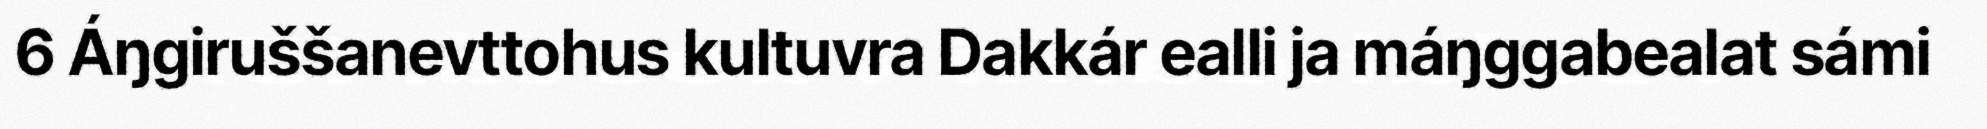
6 Áŋgiruššanevttohus kultuvra Dakkár ealli ja máŋggabealat sámi